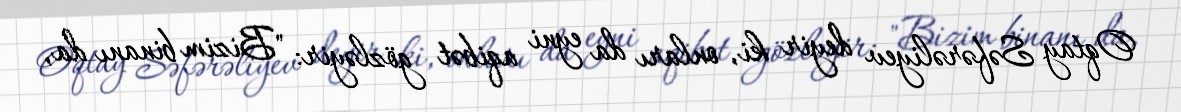
Oqtay Səfərəliyev deyir ki, onları da eyni aqibət gözləyir: "Bizim binanı da,